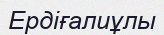
Ердіғалиұлы